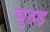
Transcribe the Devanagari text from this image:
चुहड़